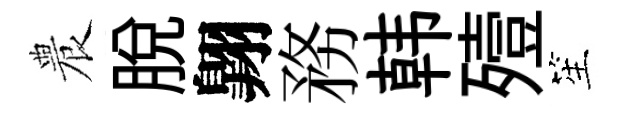
農脱翺務韩殪笙